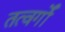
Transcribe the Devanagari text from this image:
तत्वर्गों